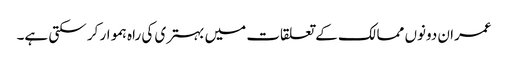
عمران دونوں ممالک کے تعلقات میں بہتری کی راہ ہموار کر سکتی ہے۔